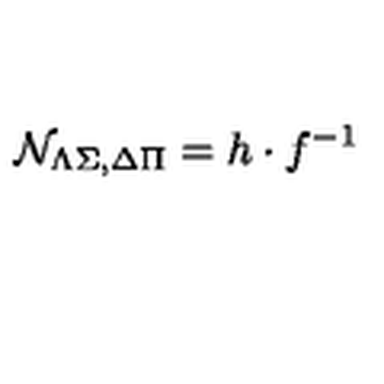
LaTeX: { \cal N } _ { \Lambda \Sigma , \Delta \Pi } = h \cdot f ^ { - 1 }